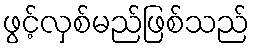
ဖွင့်လှစ်မည်ဖြစ်သည်